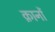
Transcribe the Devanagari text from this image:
क़ानों